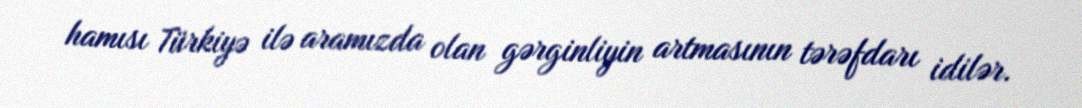
hamısı Türkiyə ilə aramızda olan gərginliyin artmasının tərəfdarı idilər.